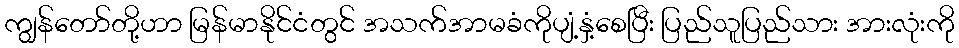
ကျွန်တော်တို့ဟာ မြန်မာနိုင်ငံတွင် အသက်အာမခံကိုပျံ့နှံ့စေပြီး ပြည်သူပြည်သား အားလုံးကို